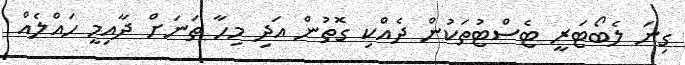
ގިނަ ލެބޯޓަރީ ޓެސްޓުތަކުން ދެއްކި ގޮތުން އަދި މިހާ ތަނަށް ދާއިމީ ހައްލެއް